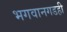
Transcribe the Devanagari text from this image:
भगवानगडही